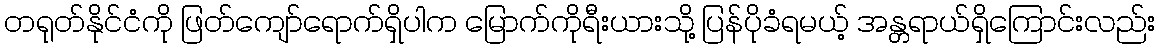
တရုတ်နိုင်ငံကို ဖြတ်ကျော်ရောက်ရှိပါက မြောက်ကိုရီးယားသို့ ပြန်ပိုခံရမယ့် အန္တရာယ်ရှိကြောင်းလည်း